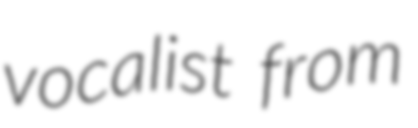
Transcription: vocalist from